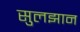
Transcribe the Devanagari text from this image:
सुलझान